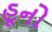
હૂનો